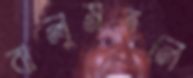
বালুমহলে